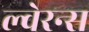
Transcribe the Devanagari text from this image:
ल्वेरन्स